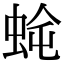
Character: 𮔈